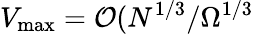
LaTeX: V_{\mathrm{max}}={\cal O}(N^{1/3}/\Omega^{1/3}